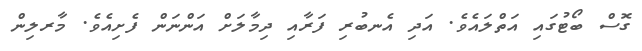
ގޮސް ބޯޓުގައި އަތްލައެވެ. އަދި އެނބުރި ފަރާއި ދިމާލަށް އަންނަން ފެށިއެވެ. މާރލިން